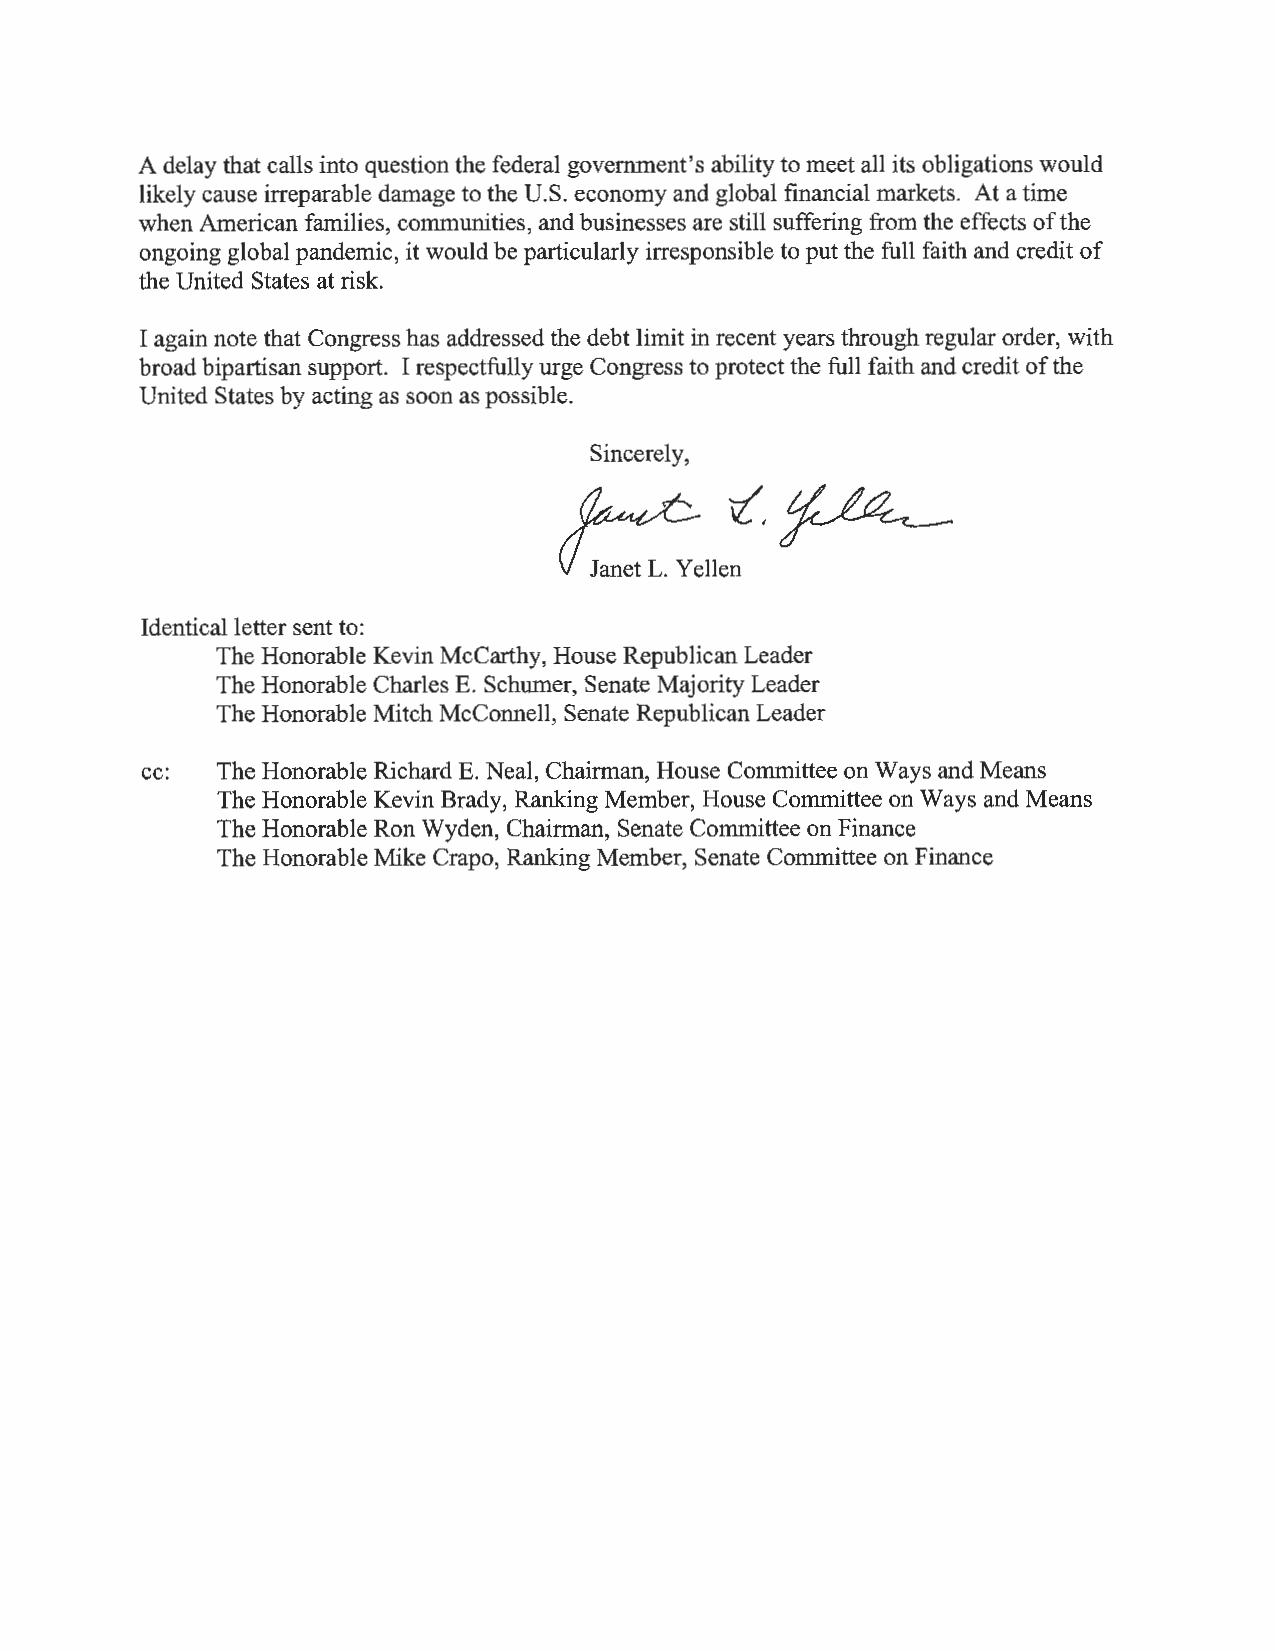
A delay that calls into question the federal government's ability to meet all its obligations would
 likely cause irreparable damage to the U.S. economy and global financial markets. At a time
 when American families, communities, and businesses are still suffering from the effects of the
 ongoing global pandemic, it would be particularly irresponsible to put the full faith and credit of
 the United States at risk.
 I again note that Congress has addressed the debt limit in recent years through regular order, with
 broad bipartisan support. I respectfully urge Congress to protect the full faith and credit of the
 United States by acting as soon as possible.
 Sincerely,
 Identical letter sent to:
 The Honorable Kevin McCarthy, House Republican Leader
 The Honorable Charles E. Schumer, Senate Majority Leader
 The Honorable Mitch McConnell, Senate Republican Leader
 cc:  The Honorable Richard E. Neal, Chairman, House Committee on Ways and Means
 The Honorable Kevin Brady, Ranking Member, House Committee on Ways and Means
 The Honorable Ron Wyden, Chairman, Senate Committee on Finance
 The Honorable Mike Crapo, Ranking Member, Senate Committee on Finance